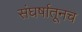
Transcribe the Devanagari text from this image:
संघर्षातूनच